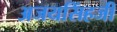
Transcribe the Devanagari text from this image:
अजयसिंहजी